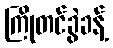
ကြိုတင်ခွဲခန့်